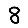
Digit: 8